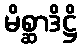
မိစ္ဆာဒိဋ္ဌိ